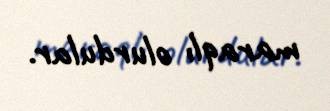
maraqlı olurdular.